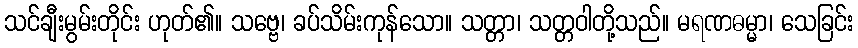
သင်ချီးမွမ်းတိုင်း ဟုတ်၏။ သဗ္ဗေ၊ ခပ်သိမ်းကုန်သော။ သတ္တာ၊ သတ္တဝါတို့သည်။ မရဏဓမ္မာ၊ သေခြင်း